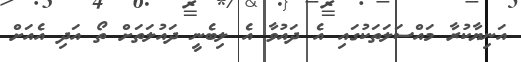
އަނިޔާކުރާ މައްސަލަތަކުގައި އެ ދައުވާ އެ ލިބެނީ ދައުލަތަށް ތޯ އަދި އެއަށް